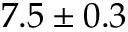
7 . 5 \pm 0 . 3